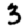
Digit: 3